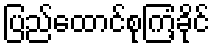
ပြည်ထောင်စုကြံ့ခိုင်